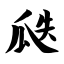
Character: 瓞